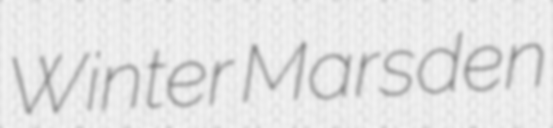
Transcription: Winter Marsden